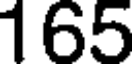
165